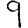
Digit: 9